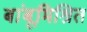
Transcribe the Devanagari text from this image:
बांबूमिश्रित